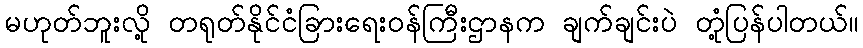
မဟုတ်ဘူးလို့ တရုတ်နိုင်ငံခြားရေးဝန်ကြီးဌာနက ချက်ချင်းပဲ တုံ့ပြန်ပါတယ်။